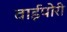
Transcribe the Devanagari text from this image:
वाईपोरी